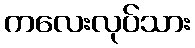
ကလေးလုပ်သား